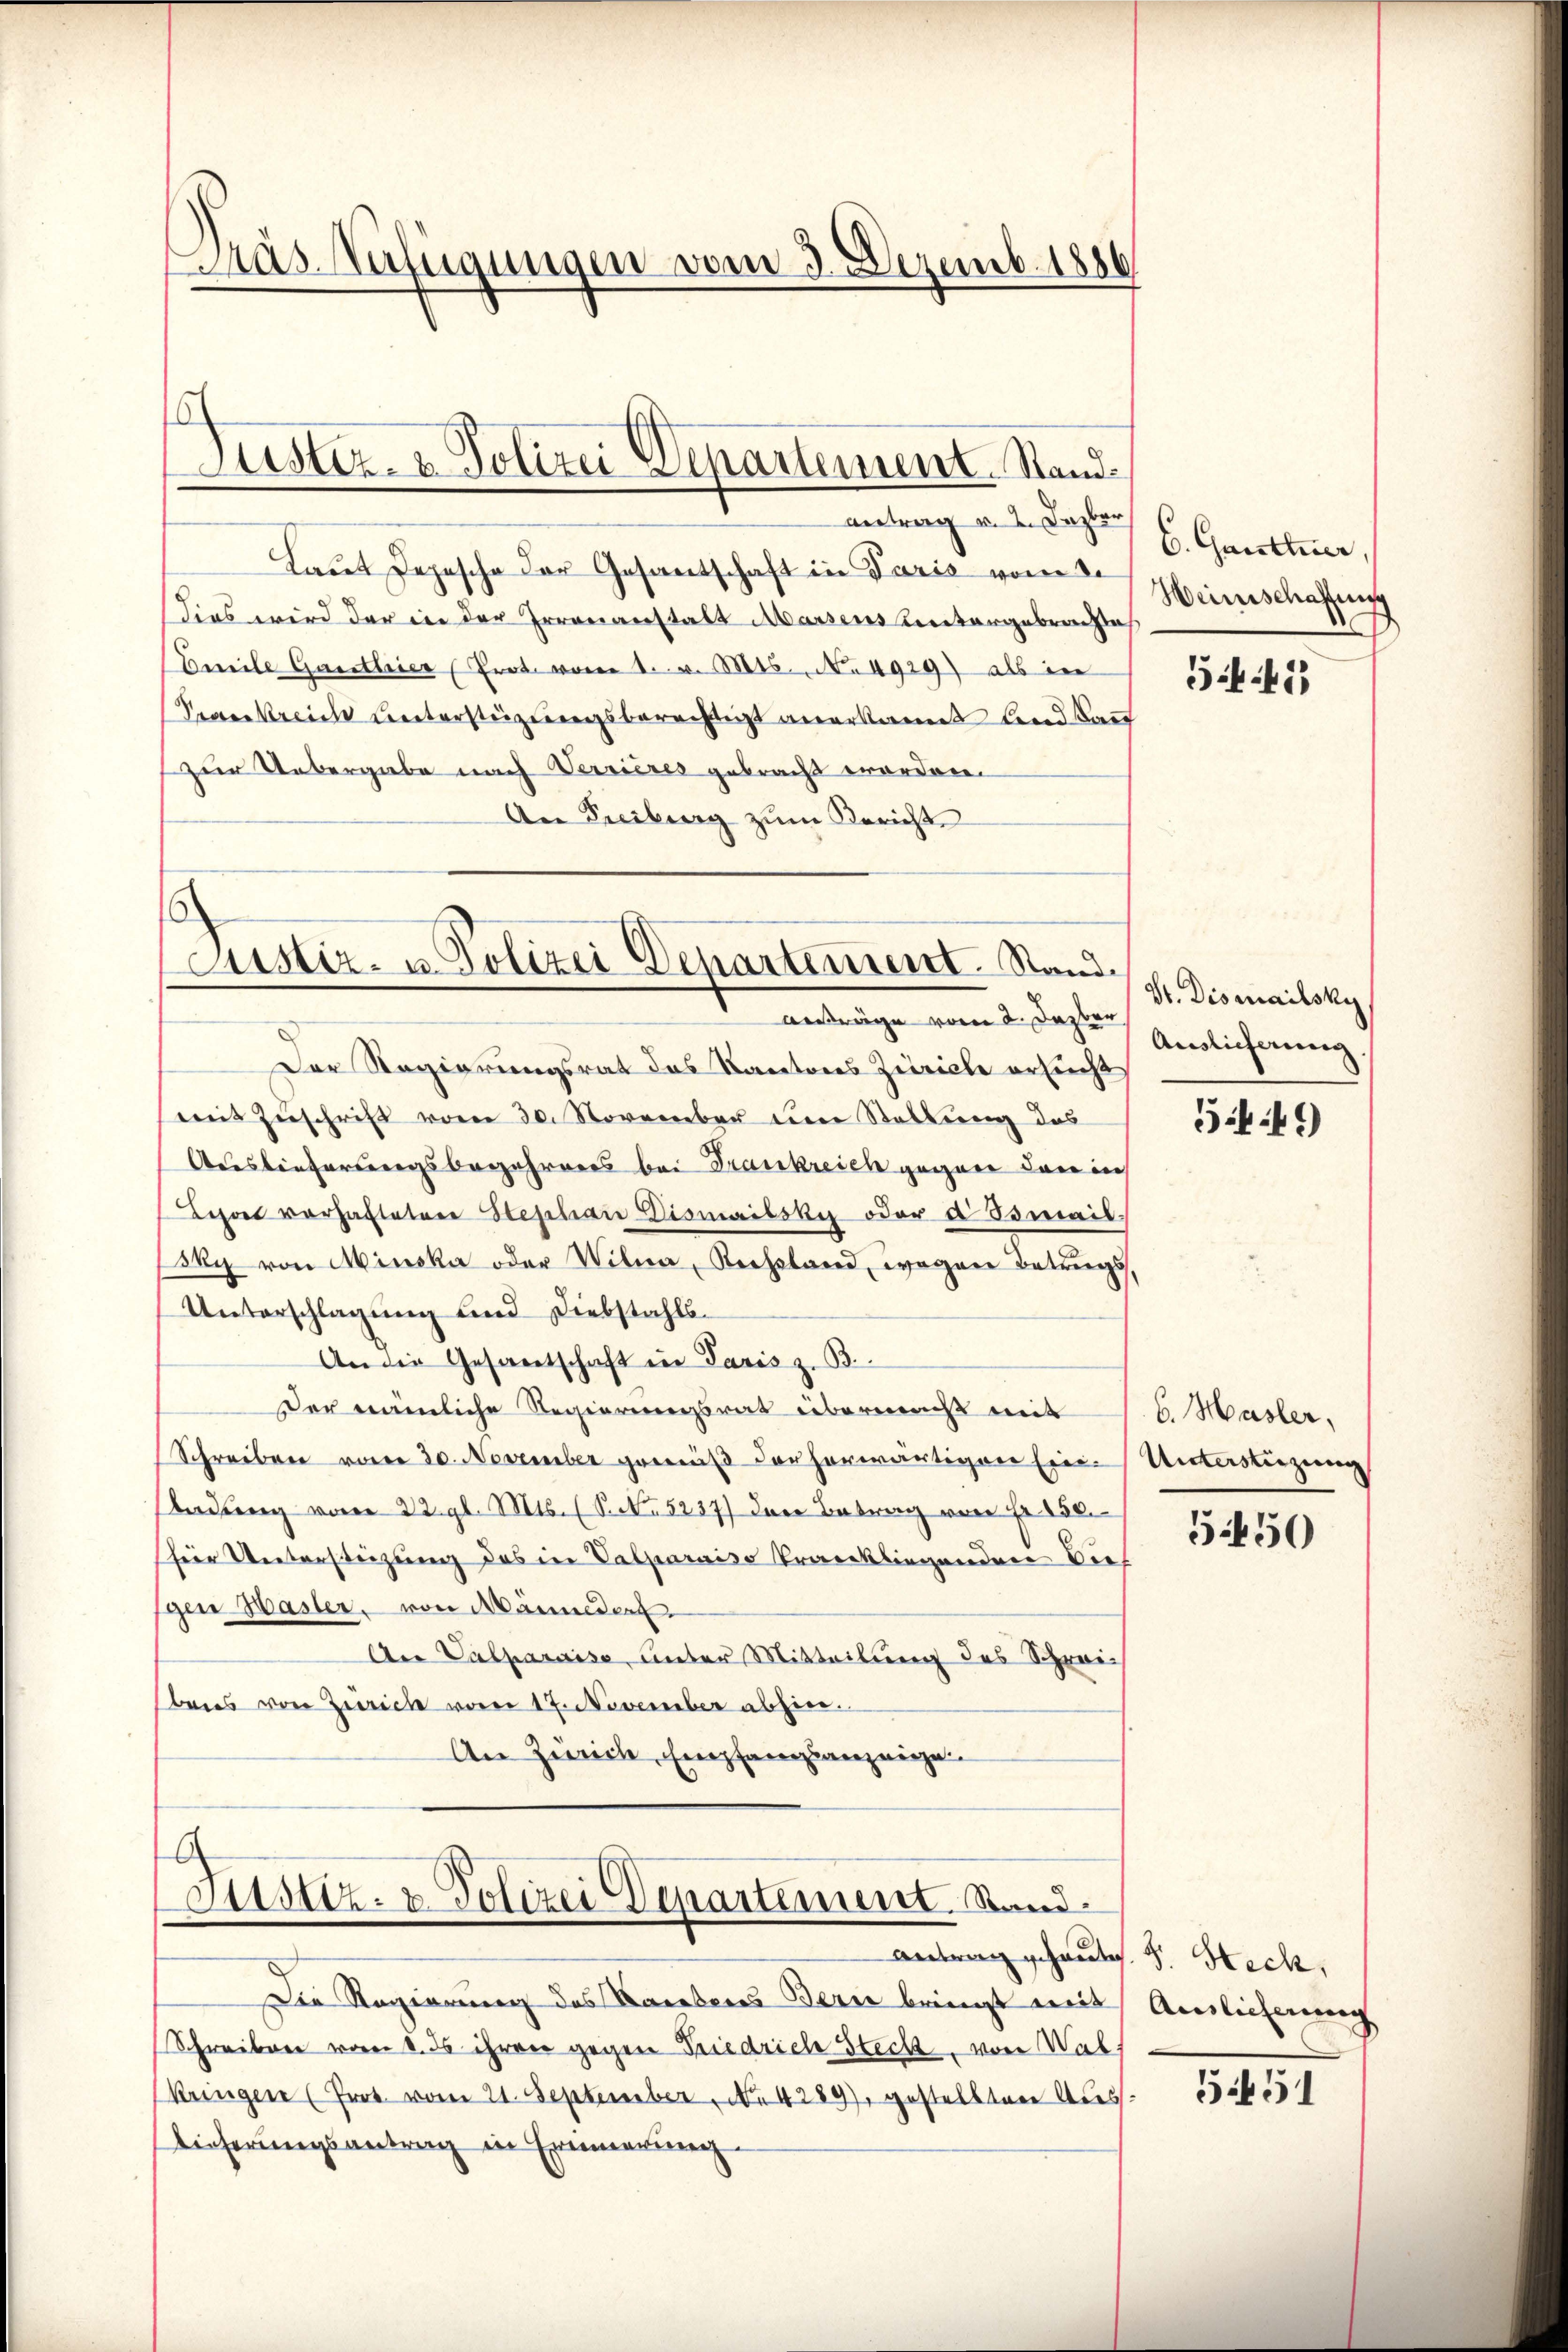
Mas Verfügungen vom 3. Dezemb. 1886

¬
Lister- & Polizei Departement. Stand¬

antrag v. 2. Dazber
Laut Depesche der Gesantschaft in Paris vom 1.
Dies wird der in der Irrenanstalt Marsens Untergebrachah
Beeile Garteier (Prot. vom 1. v. Mts. No 4929) als in
Severkreich unterstüzungsberechtigt anerkannt land kann
zur Uebergabe nach Verrieres gebracht worden.
An Freiburg zum Bericht

Justiz- u. Polizei Departement. Stande

Astiz- & Polizei Departement. Stand.
Antrag schautes. S. Heck,

Anträge vom 2. Dazbar
Der Regierungsrat das Kantores Züricle ersucht
mit Zŭschrift vom 30. November im Stellung das
Auslieferungsbegehrens bei Frankreich gegen den in
Le verhafteten Stephan Dismaibsky oder a Imail-
Sey von Minska oder Wilia, Reisland, wegen Betrugs
Unterschlagung und Diebstahls¬
An die Gesandtschaft in Paris z. B.
Der nämliche Regierungsrat übermacht mit
Schreiben vom 30. November gemäß der herwärtiger sein. Untersterzeug
sladung vom 22. gl. Mts. (S. No 5237) den Betrag von Fr. 150.
für Untersteizung des in Calparaiso tranckliegenden Dies
gen Hasler, von Männeder
An Valparaise, unter Mitteilung des Schreibeies von Zürich vom 17. November abhier.
An Zürich, Empfangsanzeige

Die Regierung des Karten Bern bringt mit
Schreiben vom 8. ds ihren gegen Friedrich Stecke, von Wal
kringen (Prot. vom 21. September No. 4289), gestellten Aus-
lieferungsantrag in Erinnerung

C. Ganttner,
Heinschaffung

541

St. Diomailsky
Auslieferung

5449)

6. Hasler,

5450

Auslieferung

5451